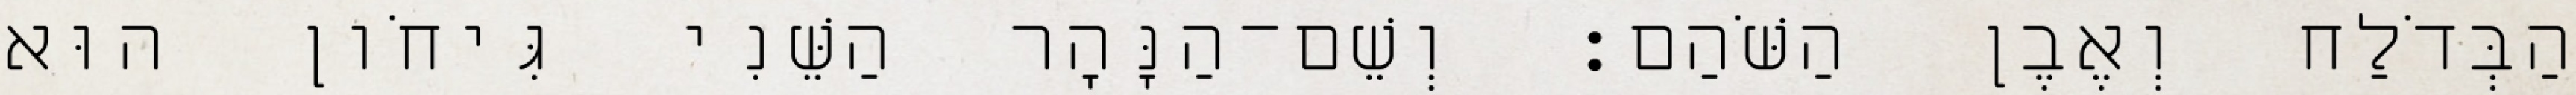
הַבְּדֹלַח וְאֶבֶן הַשֹּׁהַם׃ וְשֵׁם־הַנָּהָר הַשֵּׁנִי גִּיחֹון הוּא